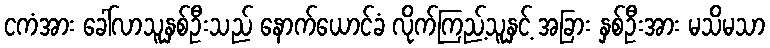
ငကံအား ခေါ်လာသူနှစ်ဦးသည် နောက်ယောင်ခံ လိုက်ကြည့်သူနှင့် အခြား နှစ်ဦးအား မသိမသာ